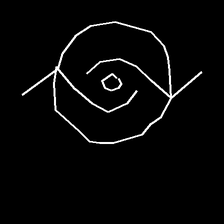
Glyph: repetition